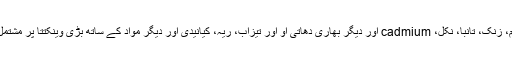
الیکٹروپلاٹنگ گندے گندے کرومیم، زنک، تانبا، نکل، cadmium اور دیگر بھاری دھاتی او اور تیزاب، ریہ، کیانیدی اور دیگر مواد کے ساتھ بڑی وینکتتا پر مشتمل الیکٹروپلاٹنگ زیادہ پیچیدہ، ہے ۔